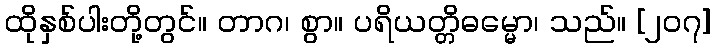
ထိုနှစ်ပါးတို့တွင်။ တာဂ၊ စွာ။ ပရိယတ္တိဓမ္မော၊ သည်။ [၂၀၇]